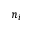
n _ { i }